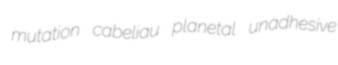
mutation cabeliau planetal unadhesive